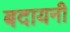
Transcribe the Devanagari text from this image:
बदायनी